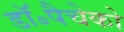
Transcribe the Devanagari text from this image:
डॉ॰पैचेको